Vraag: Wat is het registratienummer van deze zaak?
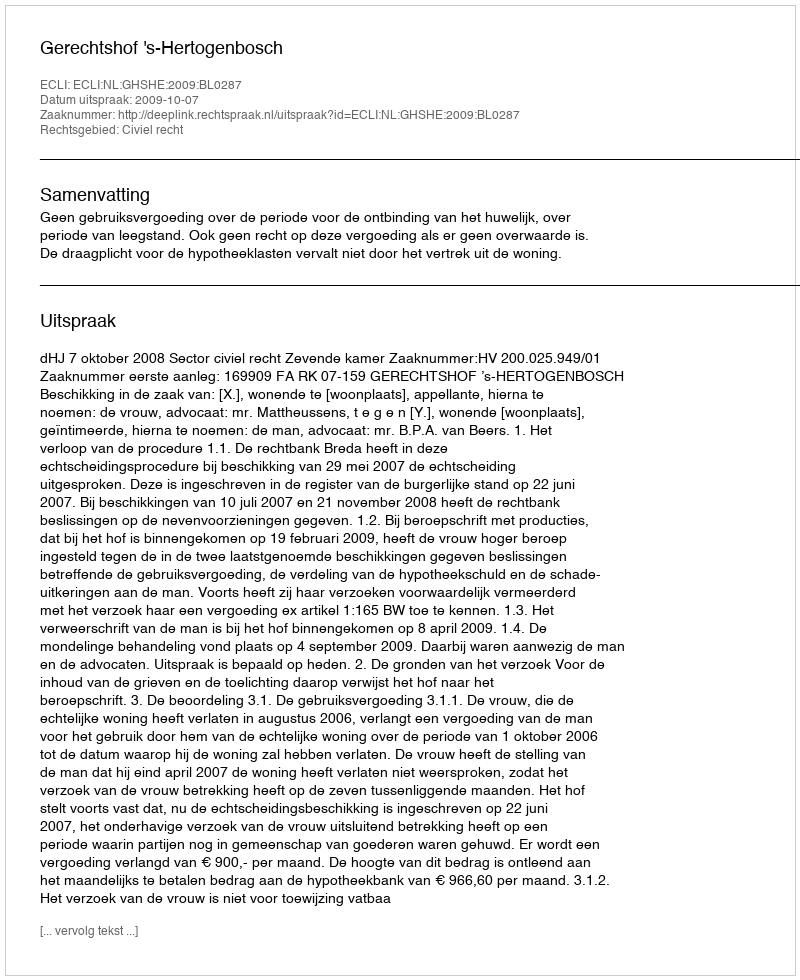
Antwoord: http://deeplink.rechtspraak.nl/uitspraak?id=ECLI:NL:GHSHE:2009:BL0287